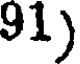
91)